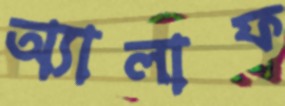
অ্যালাফ